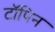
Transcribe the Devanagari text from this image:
टॉपिन